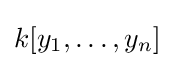
k[y_{1},\dots ,y_{n}]